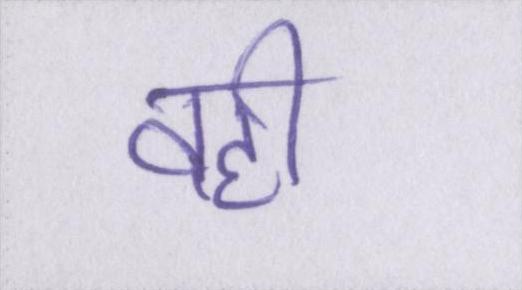
वही